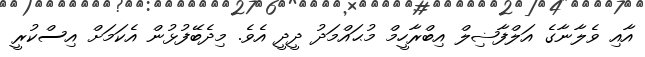
އާއި ވެލާނާގެ އަލްފާޟިލް އިބްރާހީމް މުޙައްމަދު ދީދީ އެވެ. މިދެބޭފުޅުން އެކަމަށް އިސްކުރީ